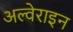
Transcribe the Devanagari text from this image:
अल्वेराइन